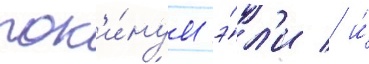
пок'и́нул э́л'и / и́